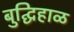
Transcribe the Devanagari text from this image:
बुद्घिहाळ